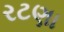
રટણા